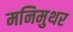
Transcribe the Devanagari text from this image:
मनिमुथर